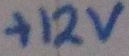
Text: +12V